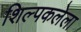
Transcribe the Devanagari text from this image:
शिल्पकलेला